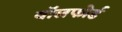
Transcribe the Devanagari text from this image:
वॉलफोर्ड